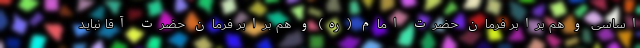
اساسی و هم برابر فرمان حضرت امام (ره) و هم برابر فرمان حضرت آقا نباید